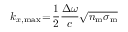
k _ { x , \mathrm { m a x } } \! = \! \frac { 1 } { 2 } \frac { \Delta \omega } { c } \sqrt { n _ { \mathrm { m } } \sigma _ { \mathrm { m } } }